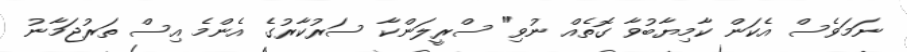
ނަމަވެސް އެކަން ކާމިޔާބުވާ ގޮތެއް ނުވި" ސްރީލަންކާ ސަރުކާރުގެ އެންމެ އިސް ތަރުޖަމާނު